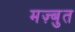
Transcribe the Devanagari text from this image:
मज़्बुत